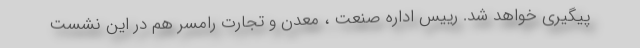
پیگیری خواهد شد. رییس اداره صنعت ، معدن و تجارت رامسر هم در این نشست